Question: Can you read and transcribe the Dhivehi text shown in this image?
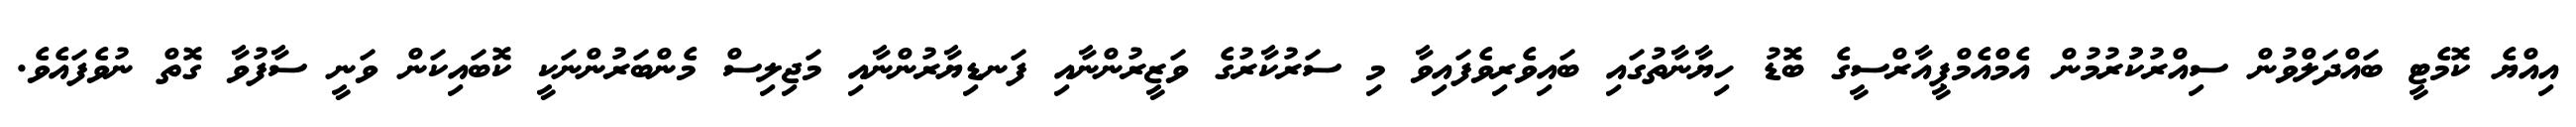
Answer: އިއްޔެ ކޮމެޓީ ބައްދަލްވުން ސިއްރުކުުރުމުން އެމްއެމްޕީއާރްސީގެ ބޮޑު ހިޔާނާތުގައި ބައިވެރިވެފައިވާ މި ސަރުކާރުގެ ވަޒީރުންނާއި ފަނޑިޔާރުންނާއި މަޖިލިސް މެންބަރުންނަކީ ކޮބައިކަން ވަނީ ސާފުވާ ގޮތް ނުވެފައެވެ.